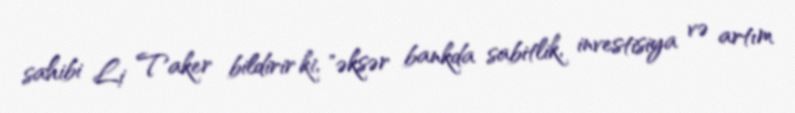
sahibi Li Taker bildirir ki, "əksər bankda sabitlik, investisiya və artım